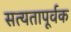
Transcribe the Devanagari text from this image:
सत्यतापूर्वक